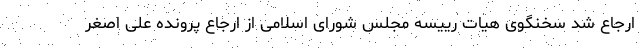
ارجاع شد سخنگوی هیات رییسه مجلس شورای اسلامی از ارجاع پرونده علی اصغر